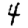
Digit: 4